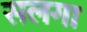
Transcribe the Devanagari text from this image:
सलगा